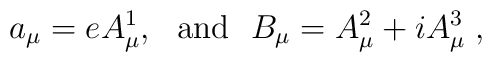
a_\mu=eA^1_\mu,~~ {\rm and} ~~B_\mu = A_\mu^2+iA_\mu^3\;,